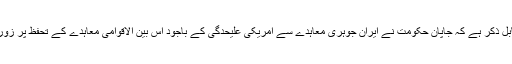
یہ بات قابل ذکر ہے کہ جاپان حکومت نے ایران جوہری معاہدے سے امریکی علیحدگی کے باجود اس بین الاقوامی معاہدے کے تحفظ پر زور دیا ہے۔